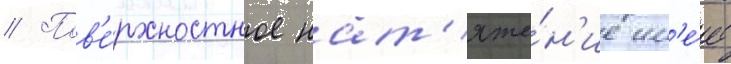
// Пов'е́рхностное нат'яже́н'ие им'е́ет